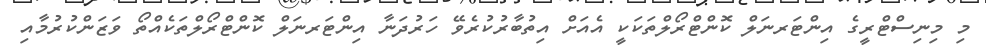
މި މިނިސްޓްރީގެ އިންޓަރނަލް ކޮންޓްރޯލްތަކަކީ އެއަށް އިތުބާރުކުރެވޭ ހަރުދަނާ އިންޓަރނަލް ކޮންޓްރޯލްތަކެއްތޯ ވަޒަންކުރުމާއި